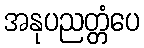
အနုပညတ္တံပေ